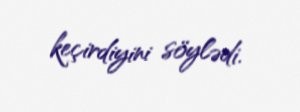
keçirdiyini söylədi.